Medical and sanitary report of the native army of Madras for the year
Year: 1878
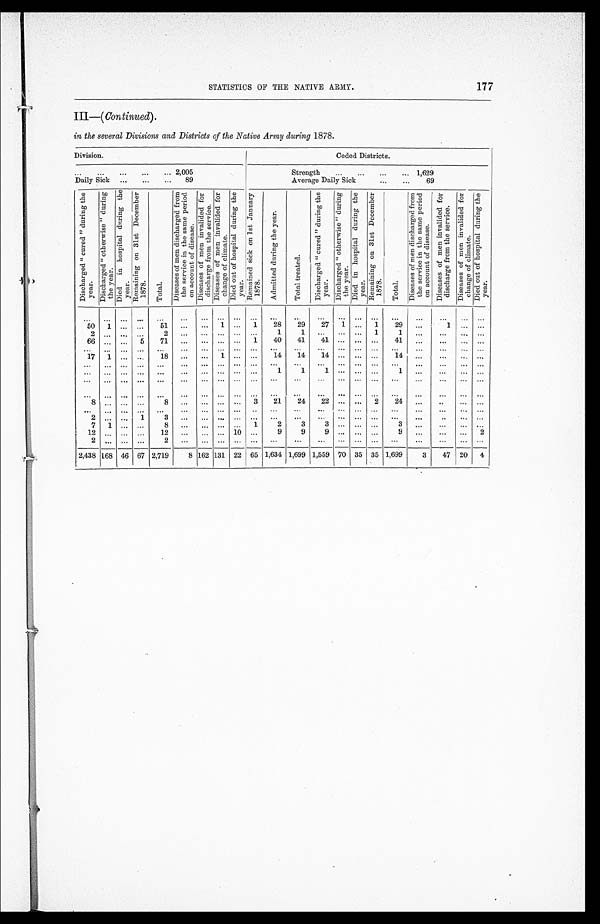
177
STATISTICS OF THE NATIVE ARMY.
III—( Continued ).
in the several Divisions and Districts of the Native Army during 1878.
Division.
Ceded Districts.
. . .2,005
Strength. . .1,629
Daily Sick. . .89
Average Daily Sick. . .69
D i s c h a r g e d " c u r e d " d u r i n g t h e y e a r .
D i s c h a r g e d " o t h e r w i s e " d u r i n g t h e y e a r . D i e d i n h o s p i t a l d u r i n g t h e y e a r .
R e m a i n i n g o n 3 1 s t D e c e m b e r 1 8 7 8 .
T o t a l .
D i s e a s e s o f m e n d i s c h a r g e d f r o m t h e s e r v i c e i n t h e s a m e p e r i o d o n a c c o u n t o f d i s e a s e .
D i s e a s e s o f m e n i n v a l i d e d f o r d i s c h a r g e d f r o m t h e s e r v i c e .
D i s e a s e s o f m e n i n v a l i d e d f o r d i s c h a n g e o f c l i m a t e .
D i e d o u t o f h o s p i t a l d u r i n g t h e y e a r .
R e m a i n e d s i c k o n 1 s t J a n u a r y 1 8 7 8 .
A d m i t t e d d u r i n g t h e y e a r .
T o t a l t r e a t e d .
D i s c h a r g e d " c u r e d " d u r i n g t h e y e a r .
D i s c h a r g e d " o t h e r w i s e " d u r i n g t h e y e a r .
D i e d i n h o s p i t a l d u r i n g t h e y e a r .
R e m a i n i n g o n 3 1 s t D e c e m b e r 1 8 7 8 .
T o t a l .
D i s e a s e s o f m e n d i s c h a r g e d f r o m t h e s e r v i c e i n t h e s a m e p e r i o d o n a c c o u n t o f d i s e a s e .
D i s e a s e s o f m e n i n v a l i d e d f o r d i s c h a r g e d f r o m t h e s e r v i c e
D i s e a s e s o f m e n i n v a l i d e d f o r d i s c h a n g e o f c l i m a t e .
D i e d o u t o f h o s p i t a l d u r i n g t h e y e a r .
. . .. . .
. . .
. . .
. . .
. . .
. . .
. . .
. . .
. . .
. . .
. . .
. . .
. . .
. . . . . .
. . .
. . .
. . .
. . .
. . .
50
1
. . .
. . .
51
. . .
. . .
1
. . .
1
28
29
27
1
. . .
1
29
. . .
1
. . .
. . .
2
. . .
. . .
. . .
2
. . .
. . .
. . .
. . .
. . .
1
1
. . .
. . . . . .
1
1
. . .
. . .
. . .
. . .
66
. . .
. . .
5
71
. . .
. . .
. . .
. . . 1
40
41
41
. . . . . . . . .
41
. . .
. . .
. . .
. . .
. . .
. . .
. . .
. . .
. . .
. . .
. . .
. . .
. . .
. . .
. . .
. . .
. . .
. . . . . . . . .
. . .
. . .
. . .
. . .
. . .
17
1
. . .
. . .
1 8
. . .
. . .
1
. . .
. . .
14
14
14
. . .. . .
. . .
14
. . .
. . .
. . .
. . .
. . .
. . .
. . .
. . .
. . .
. . .
. . .
. . .
. . .
. . .
. . .
. . .
. . .
. . .
. . .
. . .
. . .
. . .
. . .
. . .
. . .
. . .
. . .
. . .
. . .
. . .
. . .
. . .
. . .
. . .
. . .
1
1
1
. . .. . .
. . .
1
. . .
. . .
. . .
. . .
. . .
. . .
. . .
. . .
. . .
. . .
. . .
. . .
. . .
. . .
. . .
. . .
. . .
. . . . . .
. . .
. . .
. . .
. . .
. . .
. . .
. . .
. . .
. . .
. . .
. . .
. . .
. . .
. . .
. . .
. . .
. . .
. . .
. . .
. . .. . .
. . .
. . .
. . .
. . .
. . .
. . .
8
. . .
. . .
. . .
8
. . .
. . .
. . .
. . .
3
21
24
22 . . . . . .
2
24
. . .
. . .
. . .
. . .
. . .
. . .
. . .
. . .
. . .
. . .
. . .
. . .
. . .
. . .
. . .
. . .
. . .
. . . . . . . . .
. . .
. . .
. . .
. . .
. . .
2
. . .
. . .
1
3
. . .
. . .
. . .
. . .
. . .
. . .. . .
. . .
. . .. . .
. . .
. . .
. . .
. . .
. . .
. . .
7
1
. . .
. . .
8
. . .
. . .
. . .
. . . 1
2
3
3
. . .. . .
. . .
3
. . .
. . .
. . .
. . .
12
. . .
. . .
. . .
12
. . .
. . .
. . . 10
. . .
9
9
9
. . .. . .
. . .
9
. . .
. . .
. . .
2
2
. . .
. . .
. . .
2
. . .
. . .
. . .
. . .
. . .
. . .
. . .
. . .
. . .
. . .
. . .
. . .
. . .
. . .
. . .
. . .
2,438 168
46
67 2,719
8 162 131
22
65 1,634 1,699 1,559
70
35
35 1,699
3
47
20
4